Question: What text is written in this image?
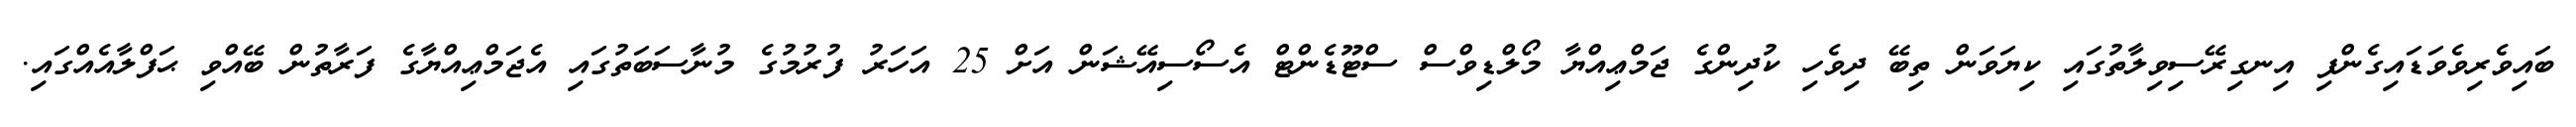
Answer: ބައިވެރިވެވަޑައިގެންފި އިނގިރޭސިވިލާތުގައި ކިޔަވަން ތިބޭ ދިވެހި ކުދިންގެ ޖަމްޢިއްޔާ މޯލްޑިވްސް ސްޓޫޑެންޓް އެސޯސިއޭޝަން އަށް 25 އަހަރު ފުރުމުގެ މުނާސަބަތުގައި އެޖަމްޢިއްޔާގެ ފަރާތުން ބޭއްވި ޙަފްލާއެއްގައި.